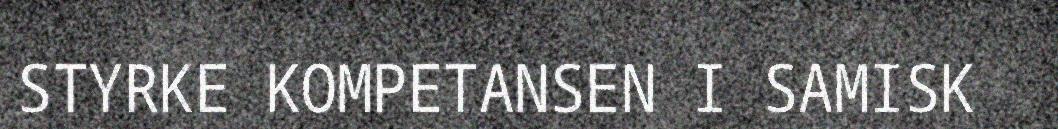
STYRKE KOMPETANSEN I SAMISK